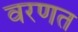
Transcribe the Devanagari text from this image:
वरणत